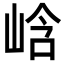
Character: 㟏